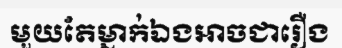
មួយតែម្នាក់ឯងអាចជារឿង